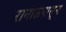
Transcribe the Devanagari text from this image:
रानाऊपासून